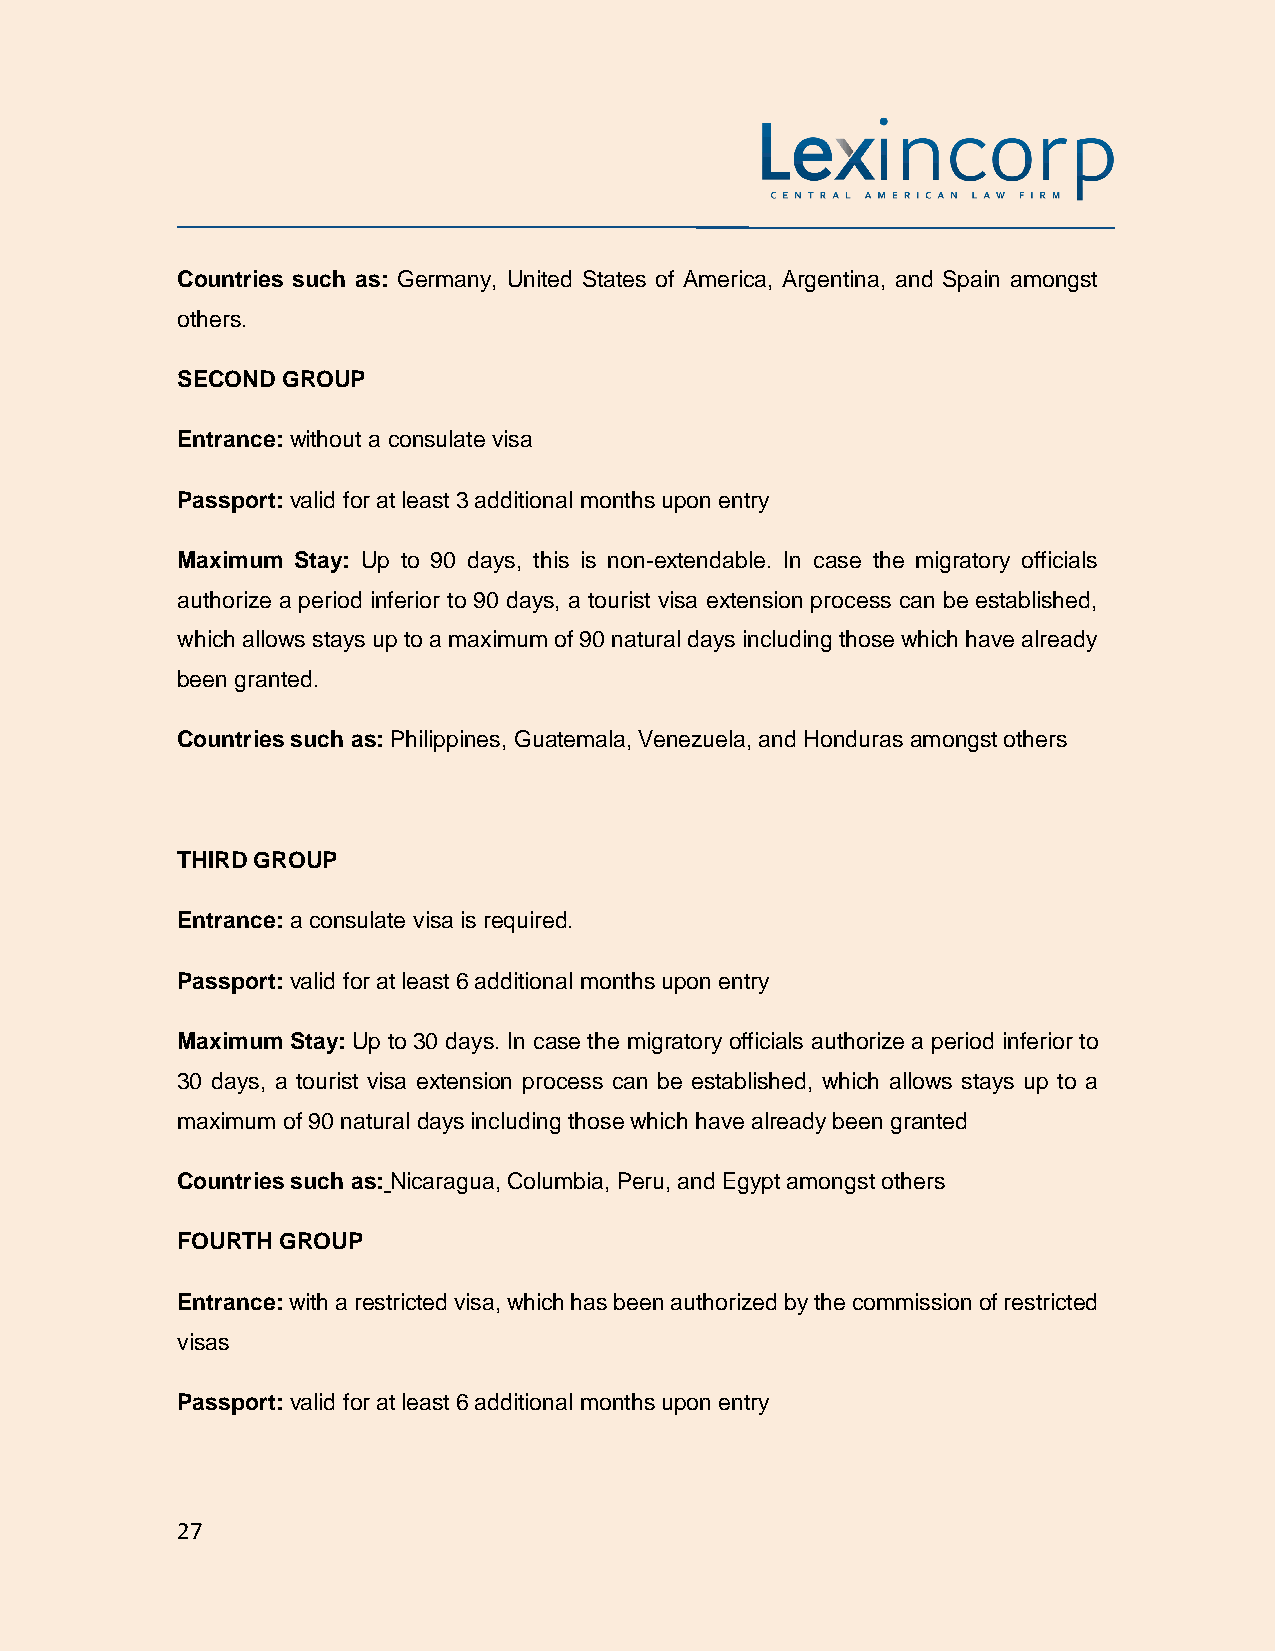
Countries such as: Germany, United States of America, Argentina, and Spain amongst
 others.
 SECOND GROUP
 Entrance: without a consulate visa
 Passport: valid for at least 3 additional months upon entry
 Maximum Stay: Up to 90 days, this is non-extendable. In case the migratory officials
 authorize a period inferior to 90 days, a tourist visa extension process can be established,
 which allows stays up to a maximum of 90 natural days including those which have already
 been granted.
 Countries such as: Philippines, Guatemala, Venezuela, and Honduras amongst others
 THIRD GROUP
 Entrance: a consulate visa is required.
 Passport: valid for at least 6 additional months upon entry
 Maximum Stay: Up to 30 days. In case the migratory officials authorize a period inferior to
 30 days, a tourist visa extension process can be established, which allows stays up to a
 maximum of 90 natural days including those which have already been granted
 Countries such as: Nicaragua, Columbia, Peru, and Egypt amongst others
 FOURTH GROUP
 Entrance: with a restricted visa, which has been authorized by the commission of restricted
 visas
 Passport: valid for at least 6 additional months upon entry
 27